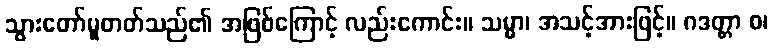
သွားတော်မူတတ်သည်၏ အဖြစ်ကြောင့် လည်းကောင်း။ သမ္မာ၊ အသင့်အားဖြင့်။ ဂဒတ္တာ စ၊